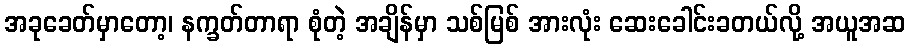
အခုခေတ်မှာတော့၊ နက္ခတ်တာရာ စုံတဲ့ အချိန်မှာ သစ်မြစ် အားလုံး ဆေးခေါင်းခတယ်လို့ အယူအဆ